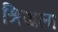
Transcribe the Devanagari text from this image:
श्रिखला